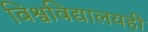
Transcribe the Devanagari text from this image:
विश्वविद्यालयही